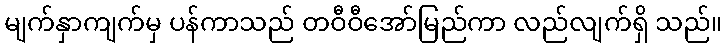
မျက်နှာကျက်မှ ပန်ကာသည် တဝီဝီအော်မြည်ကာ လည်လျက်ရှိ သည်။